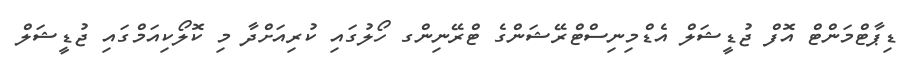
ޑިޕާޓްމަންޓް އޮފް ޖުޑީޝަލް އެޑްމިނިސްޓްރޭޝަންގެ ޓްރޭނިންގ ހޯލުގައި ކުރިއަށްދާ މި ކޮލޯކިއަމްގައި ޖުޑީޝަލް